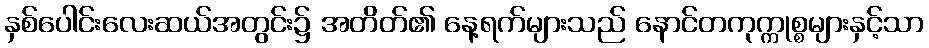
နှစ်ပေါင်းလေးဆယ်အတွင်း၌ အတိတ်၏ နေ့ရက်များသည် နောင်တကုက္ကုစ္စများနှင့်သာ